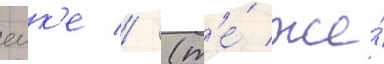
еик'е // (т'е́ же́